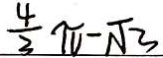
\frac { 4 } { 3 } \pi - \sqrt { 3 }